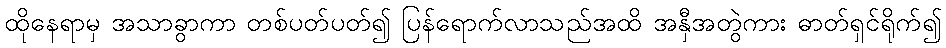
ထိုနေရာမှ အသာခွာကာ တစ်ပတ်ပတ်၍ ပြန်ရောက်လာသည်အထိ အနှီအတွဲကား ဓာတ်ရှင်ရိုက်၍